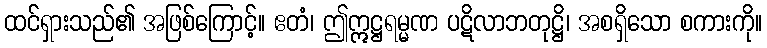
ထင်ရှားသည်၏ အဖြစ်ကြောင့်။ ဧတံ၊ ဤဣဋ္ဌရမ္မဏ ပဋိလာဘတုဋ္ဌိ၊ အစရှိသော စကားကို။